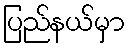
ပြည်နယ်မှာ